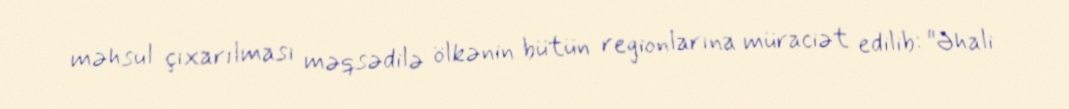
məhsul çıxarılması məqsədilə ölkənin bütün regionlarına müraciət edilib: "Əhali